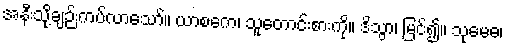
အနီးသို့ချဉ်းကပ်လာသော်။ ယာစကေ၊ သူတောင်းစားကို။ ဒိသွာ၊ မြင်၍။ သုမေဓ၊